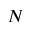
N